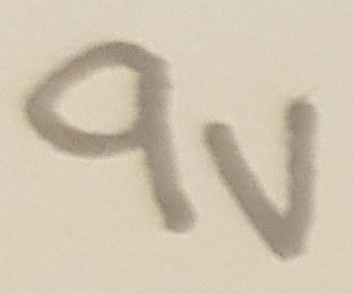
Text: 9V